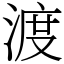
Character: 渡